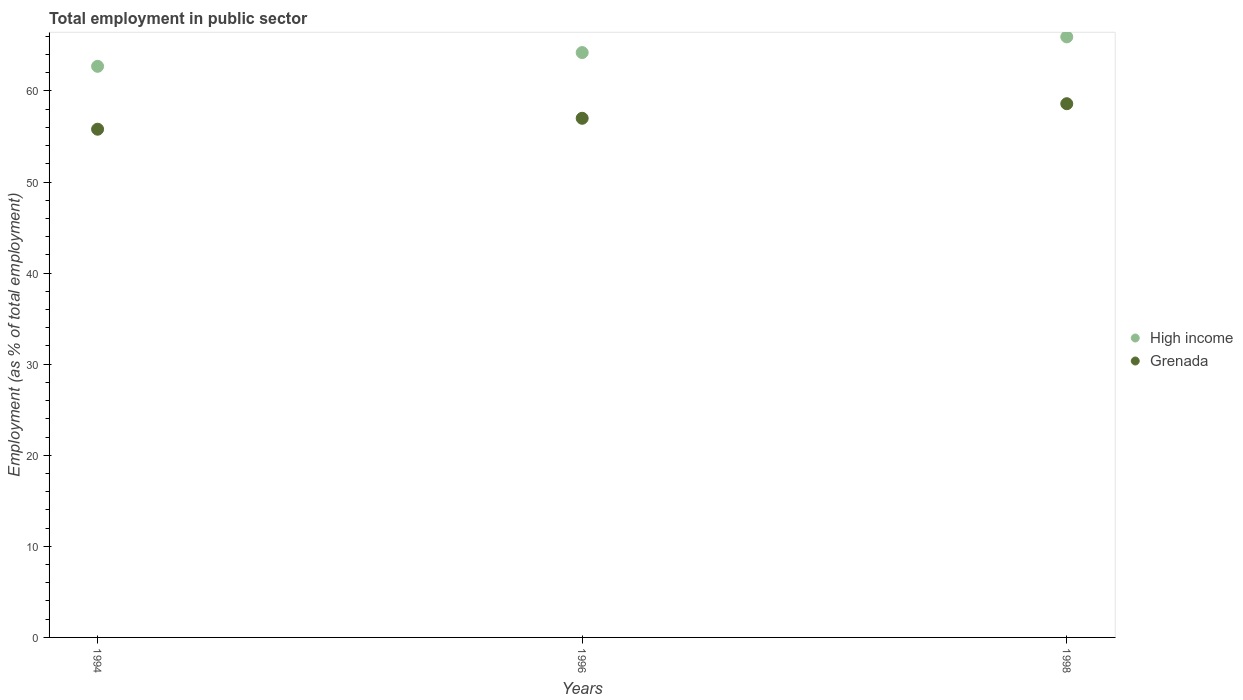
| Years | High income | Grenada |
 | --- | --- | --- |
 | 1994 | 62.7 | 55.8 |
 | 1996 | 64.2 | 57 |
 | 1998 | 65.9 | 58.6 |